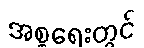
အစ္စရေးတွင်